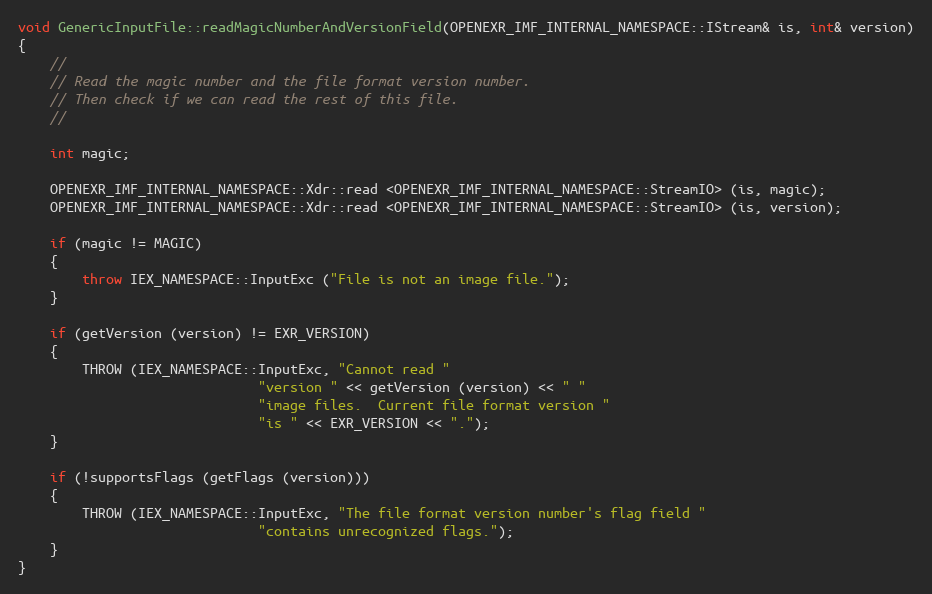
Language: C++
void GenericInputFile::readMagicNumberAndVersionField(OPENEXR_IMF_INTERNAL_NAMESPACE::IStream& is, int& version)
{
    //
    // Read the magic number and the file format version number.
    // Then check if we can read the rest of this file.
    //

    int magic;

    OPENEXR_IMF_INTERNAL_NAMESPACE::Xdr::read <OPENEXR_IMF_INTERNAL_NAMESPACE::StreamIO> (is, magic);
    OPENEXR_IMF_INTERNAL_NAMESPACE::Xdr::read <OPENEXR_IMF_INTERNAL_NAMESPACE::StreamIO> (is, version);

    if (magic != MAGIC)
    {
        throw IEX_NAMESPACE::InputExc ("File is not an image file.");
    }

    if (getVersion (version) != EXR_VERSION)
    {
        THROW (IEX_NAMESPACE::InputExc, "Cannot read "
                              "version " << getVersion (version) << " "
                              "image files.  Current file format version "
                              "is " << EXR_VERSION << ".");
    }

    if (!supportsFlags (getFlags (version)))
    {
        THROW (IEX_NAMESPACE::InputExc, "The file format version number's flag field "
                              "contains unrecognized flags.");
    }
}